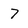
Character: 7